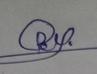
Signature authenticity: forged